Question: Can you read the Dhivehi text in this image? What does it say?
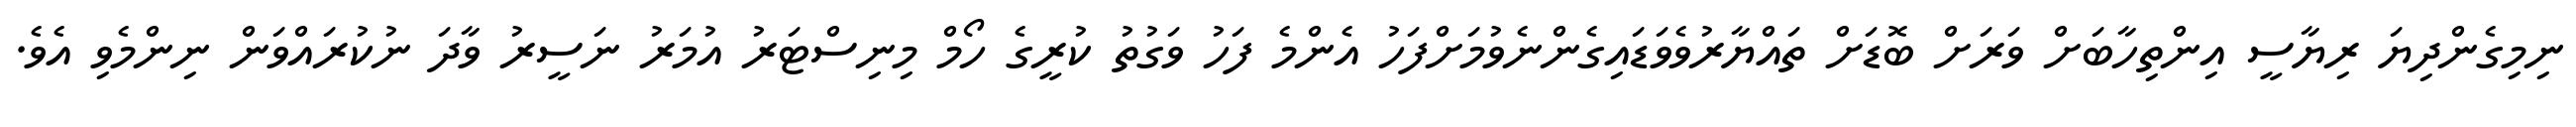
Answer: ނިމިގެންދިޔަ ރިޔާސީ އިންތިހާބަށް ވަރަށް ބޮޑަށް ތައްޔާރުވެވަޑައިގެންނެވުމަށްފަހު އެންމެ ފަހު ވަގުތު ކުރީގެ ހޯމް މިނިސްޓަރު އުމަރު ނަސީރު ވާދަ ނުކުރައްވަން ނިންމެވި އެވެ.